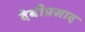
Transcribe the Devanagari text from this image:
देबीप्रसाद